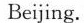
Beijing.